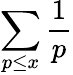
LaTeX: \sum_{p\leq x}{\frac{1}{p}}